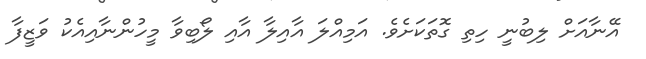
އޭނާއަށް ލިބުނީ ހިތި ގޮތަކަށެވެ. އަމިއްލަ އާއިލާ އާއި ލޯބިވާ މީހުންނާއިއެކު ވަޒީފާ